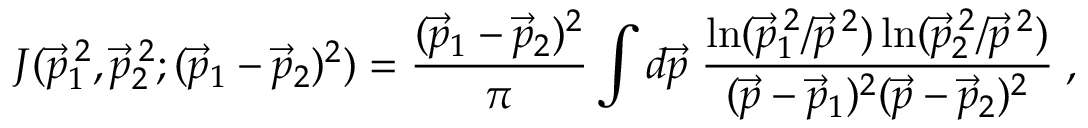
J ( \vec { p } _ { 1 } ^ { \: 2 } , \vec { p } _ { 2 } ^ { \: 2 } ; ( \vec { p } _ { 1 } - \vec { p } _ { 2 } ) ^ { 2 } ) = \frac { ( \vec { p } _ { 1 } - \vec { p } _ { 2 } ) ^ { 2 } } { \pi } \int d \vec { p } \; \frac { \ln ( \vec { p } _ { 1 } ^ { \: 2 } / \vec { p } ^ { \: 2 } ) \ln ( \vec { p } _ { 2 } ^ { \: 2 } / \vec { p } ^ { \: 2 } ) } { ( \vec { p } - \vec { p } _ { 1 } ) ^ { 2 } ( \vec { p } - \vec { p } _ { 2 } ) ^ { 2 } } \; ,